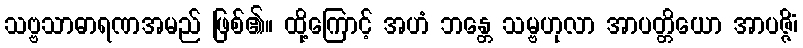
သဗ္ဗသာဓာရဏအမည် ဖြစ်၏။ ထို့ကြောင့် အဟံ ဘန္တေ သမ္ဗဟုလာ အာပတ္တိယော အာပဇ္ဇိံ၊